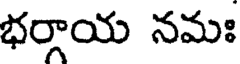
భర్గాయ నమః